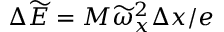
\Delta \widetilde { E } = M \widetilde { \omega } _ { x } ^ { 2 } \Delta x / e